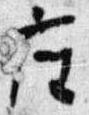
座